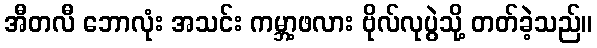
အီတလီ ဘောလုံး အသင်း ကမ္ဘာ့ဖလား ဗိုလ်လုပွဲသို့ တတ်ခဲ့သည်။